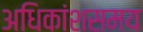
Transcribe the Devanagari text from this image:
अधिकांशसमय